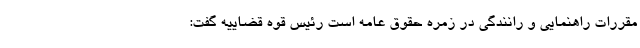
مقررات راهنمایی و رانندگی در زمره حقوق عامه است رئیس قوه قضاییه گفت: